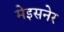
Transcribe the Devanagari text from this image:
मेइसनेर